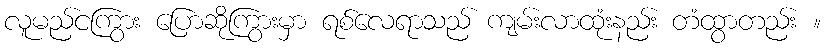
လူမည်ငကြွား ပြောဆိုကြွားမှာ ရစ်လေရာသည် ကျမ်းလာထုံးနည်း တံထွာတည်း ။